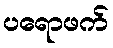
ပရောဖက်